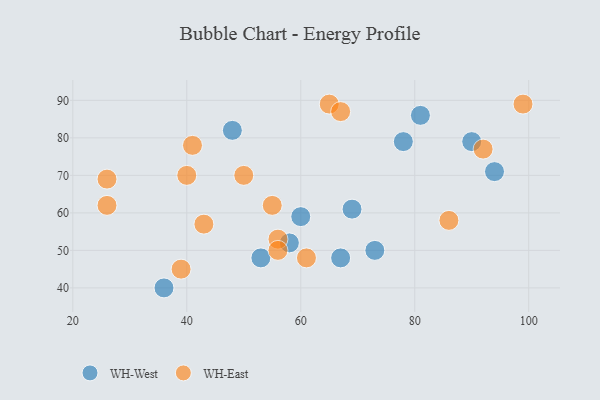
{"axis": {"x": "GDP", "y": "Life Expectancy"}, "legend": ["WH-East", "WH-West"], "data": [{"x": "78", "y": 79, "type": "WH-West"}, {"x": "69", "y": 61, "type": "WH-West"}, {"x": "81", "y": 86, "type": "WH-West"}, {"x": "90", "y": 79, "type": "WH-West"}, {"x": "67", "y": 48, "type": "WH-West"}, {"x": "36", "y": 40, "type": "WH-West"}, {"x": "94", "y": 71, "type": "WH-West"}, {"x": "53", "y": 48, "type": "WH-West"}, {"x": "58", "y": 52, "type": "WH-West"}, {"x": "60", "y": 59, "type": "WH-West"}, {"x": "48", "y": 82, "type": "WH-West"}, {"x": "73", "y": 50, "type": "WH-West"}, {"x": "65", "y": 89, "type": "WH-East"}, {"x": "92", "y": 77, "type": "WH-East"}, {"x": "43", "y": 57, "type": "WH-East"}, {"x": "61", "y": 48, "type": "WH-East"}, {"x": "26", "y": 62, "type": "WH-East"}, {"x": "26", "y": 69, "type": "WH-East"}, {"x": "55", "y": 62, "type": "WH-East"}, {"x": "86", "y": 58, "type": "WH-East"}, {"x": "67", "y": 87, "type": "WH-East"}, {"x": "41", "y": 78, "type": "WH-East"}, {"x": "56", "y": 53, "type": "WH-East"}, {"x": "39", "y": 45, "type": "WH-East"}, {"x": "40", "y": 70, "type": "WH-East"}, {"x": "56", "y": 50, "type": "WH-East"}, {"x": "99", "y": 89, "type": "WH-East"}, {"x": "50", "y": 70, "type": "WH-East"}]}